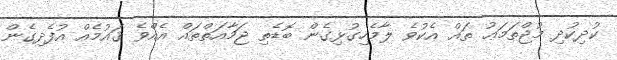
ކުދިކުދި މުޖްތަމަޢު ތައް އެކުވެ ލާމެހިގުޅިގެން ބޮޑެތި ޖަމާއަތްތައް އެއްވެ ޤައުމެއް އުފެދިގެން